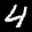
Label: 4